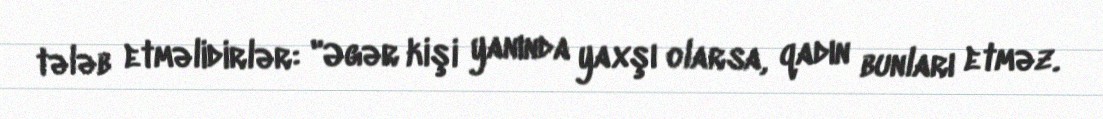
tələb etməlidirlər: "Əgər kişi yanında yaxşı olarsa, qadın bunları etməz.